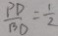
\frac { P D } { B D } = \frac { 1 } { 2 }